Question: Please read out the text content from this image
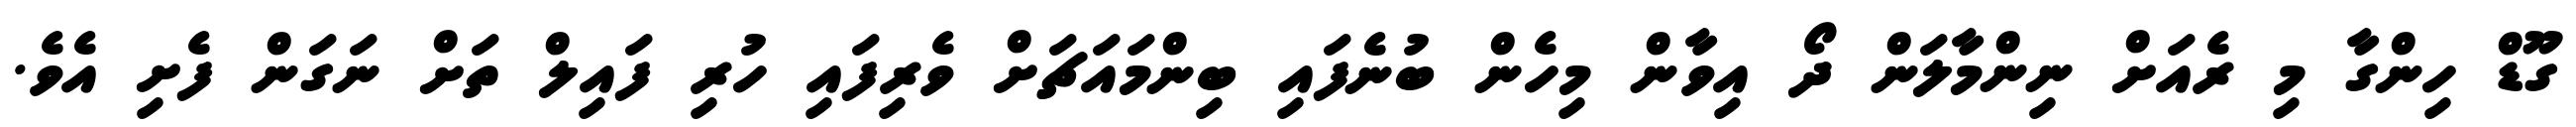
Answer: ގޫޑް ހިންގާ މި ރެއަށް ނިންމާލަން ދޯ އިވާން މިހެން ބުނެފައި ބިންމައަޗަށް ވެރިފައި ހުރި ފައިލް ތަށް ނަގަން ފެށި އެވެ.